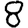
Digit: 8